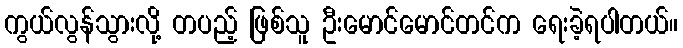
ကွယ်လွန်သွားလို့ တပည့် ဖြစ်သူ ဦးမောင်မောင်တင်က ရေးခဲ့ရပါတယ်။